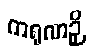
ကရုဏဉှိ